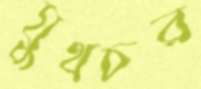
যুথচর